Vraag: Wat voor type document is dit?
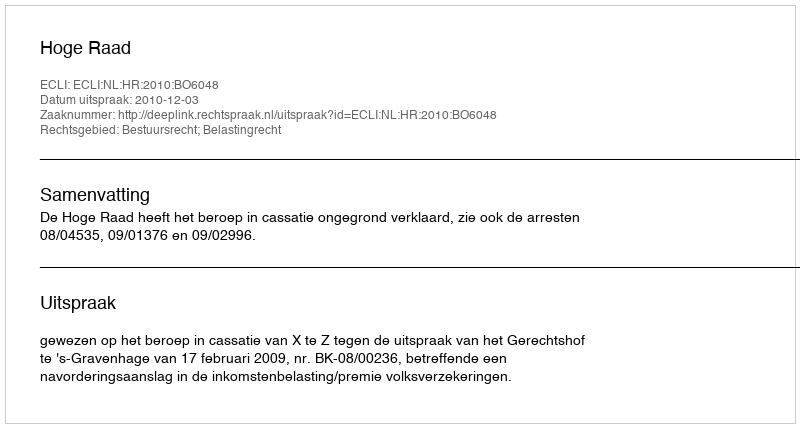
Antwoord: Uitspraak